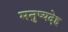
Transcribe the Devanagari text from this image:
मनुष्यदेह